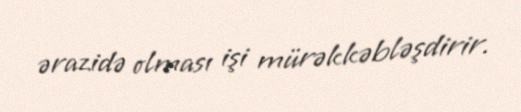
ərazidə olması işi mürəkkəbləşdirir.